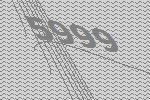
5999